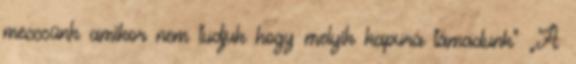
meccsünk amikor nem tudjuk hogy melyik kapura támadunk” „A